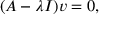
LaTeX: ( A - \lambda I ) v = 0 ,